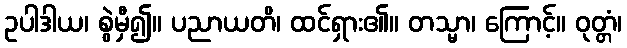
ဥပါဒါယ၊ စွဲမှီ၍။ ပညာယတိ၊ ထင်ရှား၏။ တသ္မာ၊ ကြောင့်။ ဝုတ္တံ၊